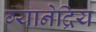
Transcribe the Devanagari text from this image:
ग्यानेद्रिय